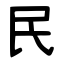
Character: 民